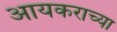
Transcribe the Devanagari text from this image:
आयकराच्या